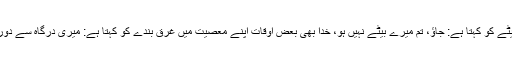
بعض اوقات باپ اپنے بد عمل بیٹے کو کہتا ہے: جاؤ، تم میرے بیٹے نہیں ہو، خدا بھی بعض اوقات اپنے معصیت میں غرق بندے کو کہتا ہے: میری درگاہ سے دور ہو جا کہ تو میرا بندہ نہیں ہے!